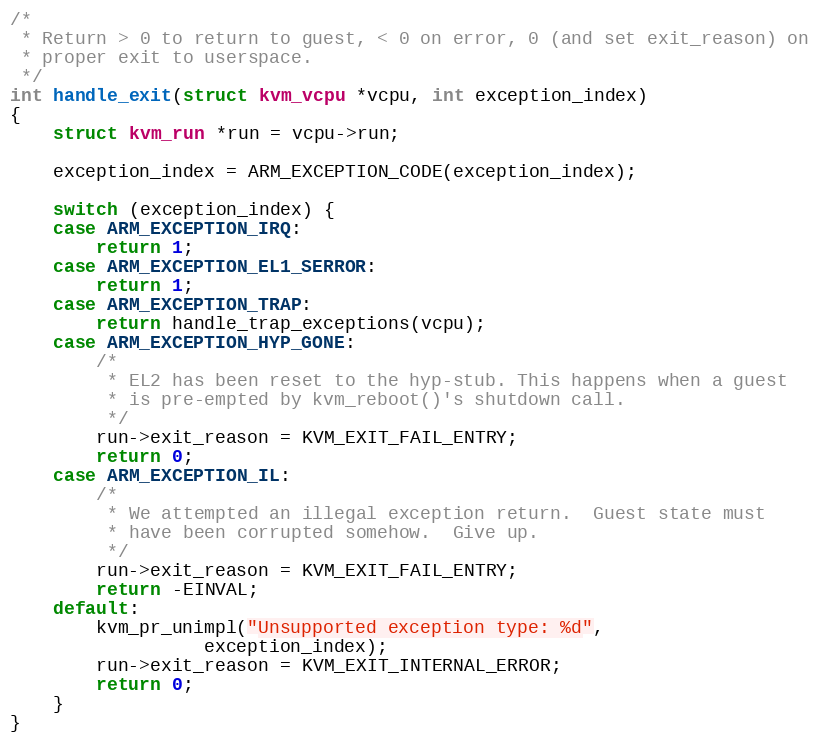
Language: C
/*
 * Return > 0 to return to guest, < 0 on error, 0 (and set exit_reason) on
 * proper exit to userspace.
 */
int handle_exit(struct kvm_vcpu *vcpu, int exception_index)
{
	struct kvm_run *run = vcpu->run;

	exception_index = ARM_EXCEPTION_CODE(exception_index);

	switch (exception_index) {
	case ARM_EXCEPTION_IRQ:
		return 1;
	case ARM_EXCEPTION_EL1_SERROR:
		return 1;
	case ARM_EXCEPTION_TRAP:
		return handle_trap_exceptions(vcpu);
	case ARM_EXCEPTION_HYP_GONE:
		/*
		 * EL2 has been reset to the hyp-stub. This happens when a guest
		 * is pre-empted by kvm_reboot()'s shutdown call.
		 */
		run->exit_reason = KVM_EXIT_FAIL_ENTRY;
		return 0;
	case ARM_EXCEPTION_IL:
		/*
		 * We attempted an illegal exception return.  Guest state must
		 * have been corrupted somehow.  Give up.
		 */
		run->exit_reason = KVM_EXIT_FAIL_ENTRY;
		return -EINVAL;
	default:
		kvm_pr_unimpl("Unsupported exception type: %d",
			      exception_index);
		run->exit_reason = KVM_EXIT_INTERNAL_ERROR;
		return 0;
	}
}